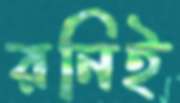
রনিই